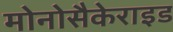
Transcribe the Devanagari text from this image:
मोनोसैकेराइड